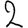
Digit: 2